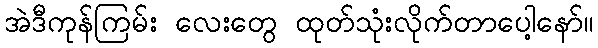
အဲဒီကုန်ကြမ်း လေးတွေ ထုတ်သုံးလိုက်တာပေါ့နော်။